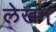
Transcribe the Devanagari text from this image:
लेखन्